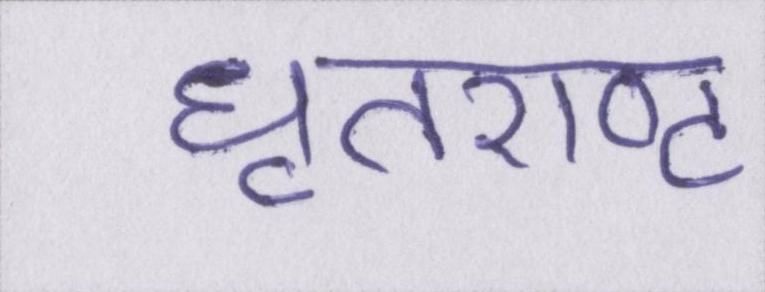
धृतराष्ट्र